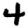
Digit: 4